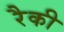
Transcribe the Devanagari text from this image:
रैकी